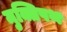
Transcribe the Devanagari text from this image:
मुक्तिपथ